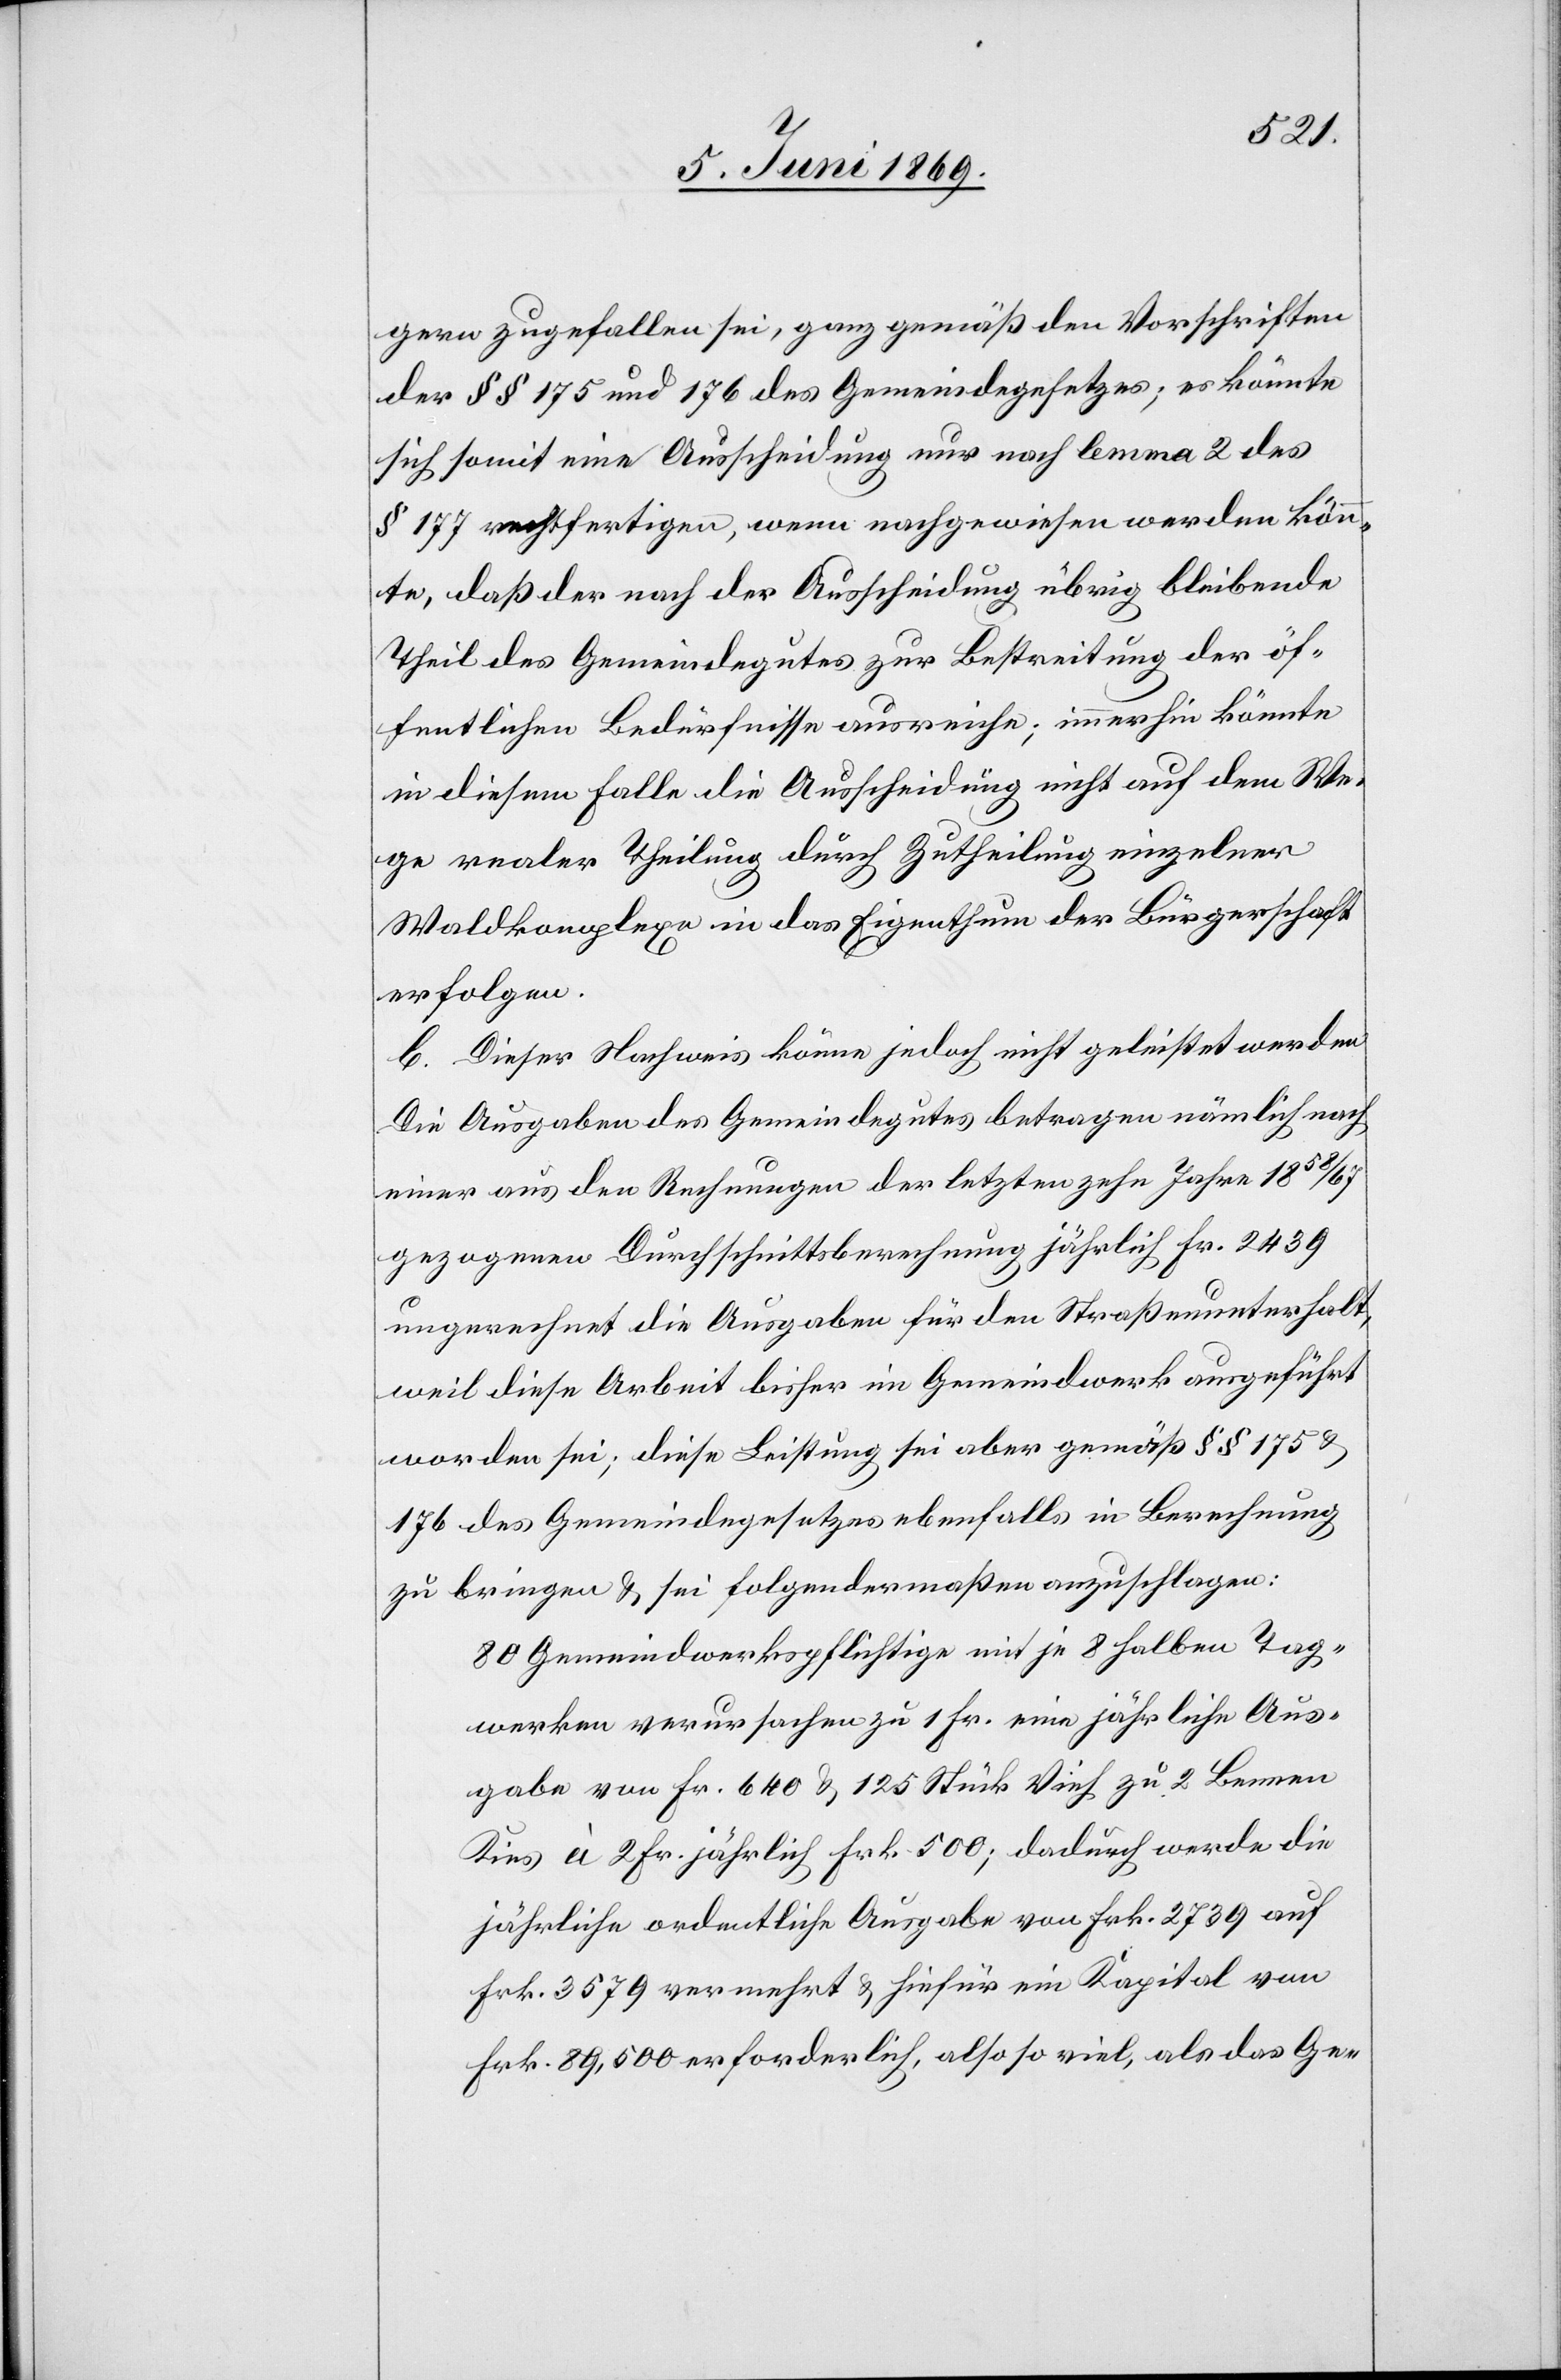
gern zugefallen sei, ganz gemäß den Vorschriften
der §§ 175 und 176 des Gemeindegesetzes; es könnte
sich somit eine Ausscheidung nur nach lemma 2 des
§ 177 rechtfertigen, wenn nachgewiesen werden könn¬
te, daß der nach der Ausscheidung übrig bleibende
Theil des Gemeindgutes zur Bestreitung der öf¬
fentlichen Bedürfnisse ausreiche; immerhin könnte
in diesem Falle die Ausscheidung nicht auf dem We¬
ge realer Theilung durch Zutheilung einzelner
Waldkomplexe in das Eigenthum der Bürgerschaft
erfolgen.
b. Dieser Nachweis könne jedoch nicht geleistet werden.
Die Ausgaben des Gemeindegutes betragen nämlich nach
einer aus den Rechnungen der letzten zehn Jahre 1858/67
gezogenen Durchschnittsberechnung jährlich Fr. 2439
ungerechnet die Ausgaben für den Straßenunterhalt,
weil diese Arbeit bisher im Gemeindwerk ausgeführt
worden sei, diese Leistung sei aber gemäß §§ 175 u.
176 des Gemeindegesetzes ebenfalls in Berechnung
zu bringen u. sei folgendermaßen anzuschlagen:
80 Gemeindwerkspflichtige mit je 8 halben Tag¬
werken verursachen zu 1 Fr. eine jährliche Aus¬
gabe von Fr. 640 u. 125 Stück Vieh zu 2 Bennen
Kies à 2 Fr. jährlich Frk. 500; dadurch werde die
jährliche ordentliche Ausgabe von Frk. 2739 auf
Frk. 3579 vermehrt u. hiefür ein Kapital von
Frk. 89,500 erforderlich, also so viel, als das Ge-